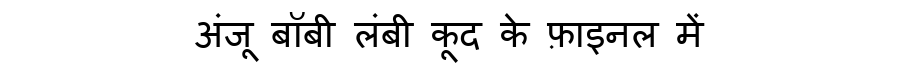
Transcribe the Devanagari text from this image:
अंजू बॉबी लंबी कूद के फ़ाइनल में